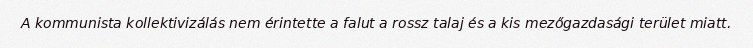
A kommunista kollektivizálás nem érintette a falut a rossz talaj és a kis mezőgazdasági terület miatt.